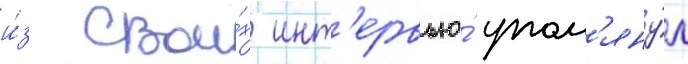
и́з свои́х инт'ервью́ упом'яну́л